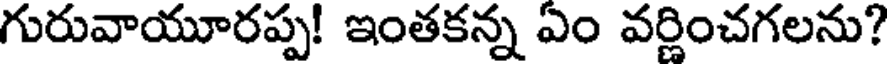
గురువాయూరప్ప! ఇంతకన్న ఏం వర్ణించగలను?